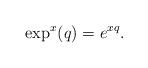
LaTeX: \begin{align*} \exp^x(q)=e^{xq}.\end{align*}